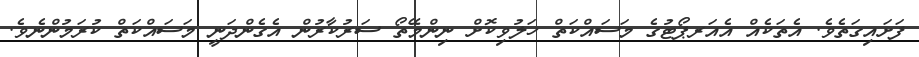
ފަށައިގަތެވެ. އެތަކެއް އެއަރޕޯޓުގެ މަސައްކަތް ހަލުވިކޮށް ނިންމޭތޯ ސަރުކާރުން އެގެންދަނީ މަސައްކަތް ކުރަމުންނެވެ.